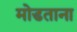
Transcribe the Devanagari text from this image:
मोडताना